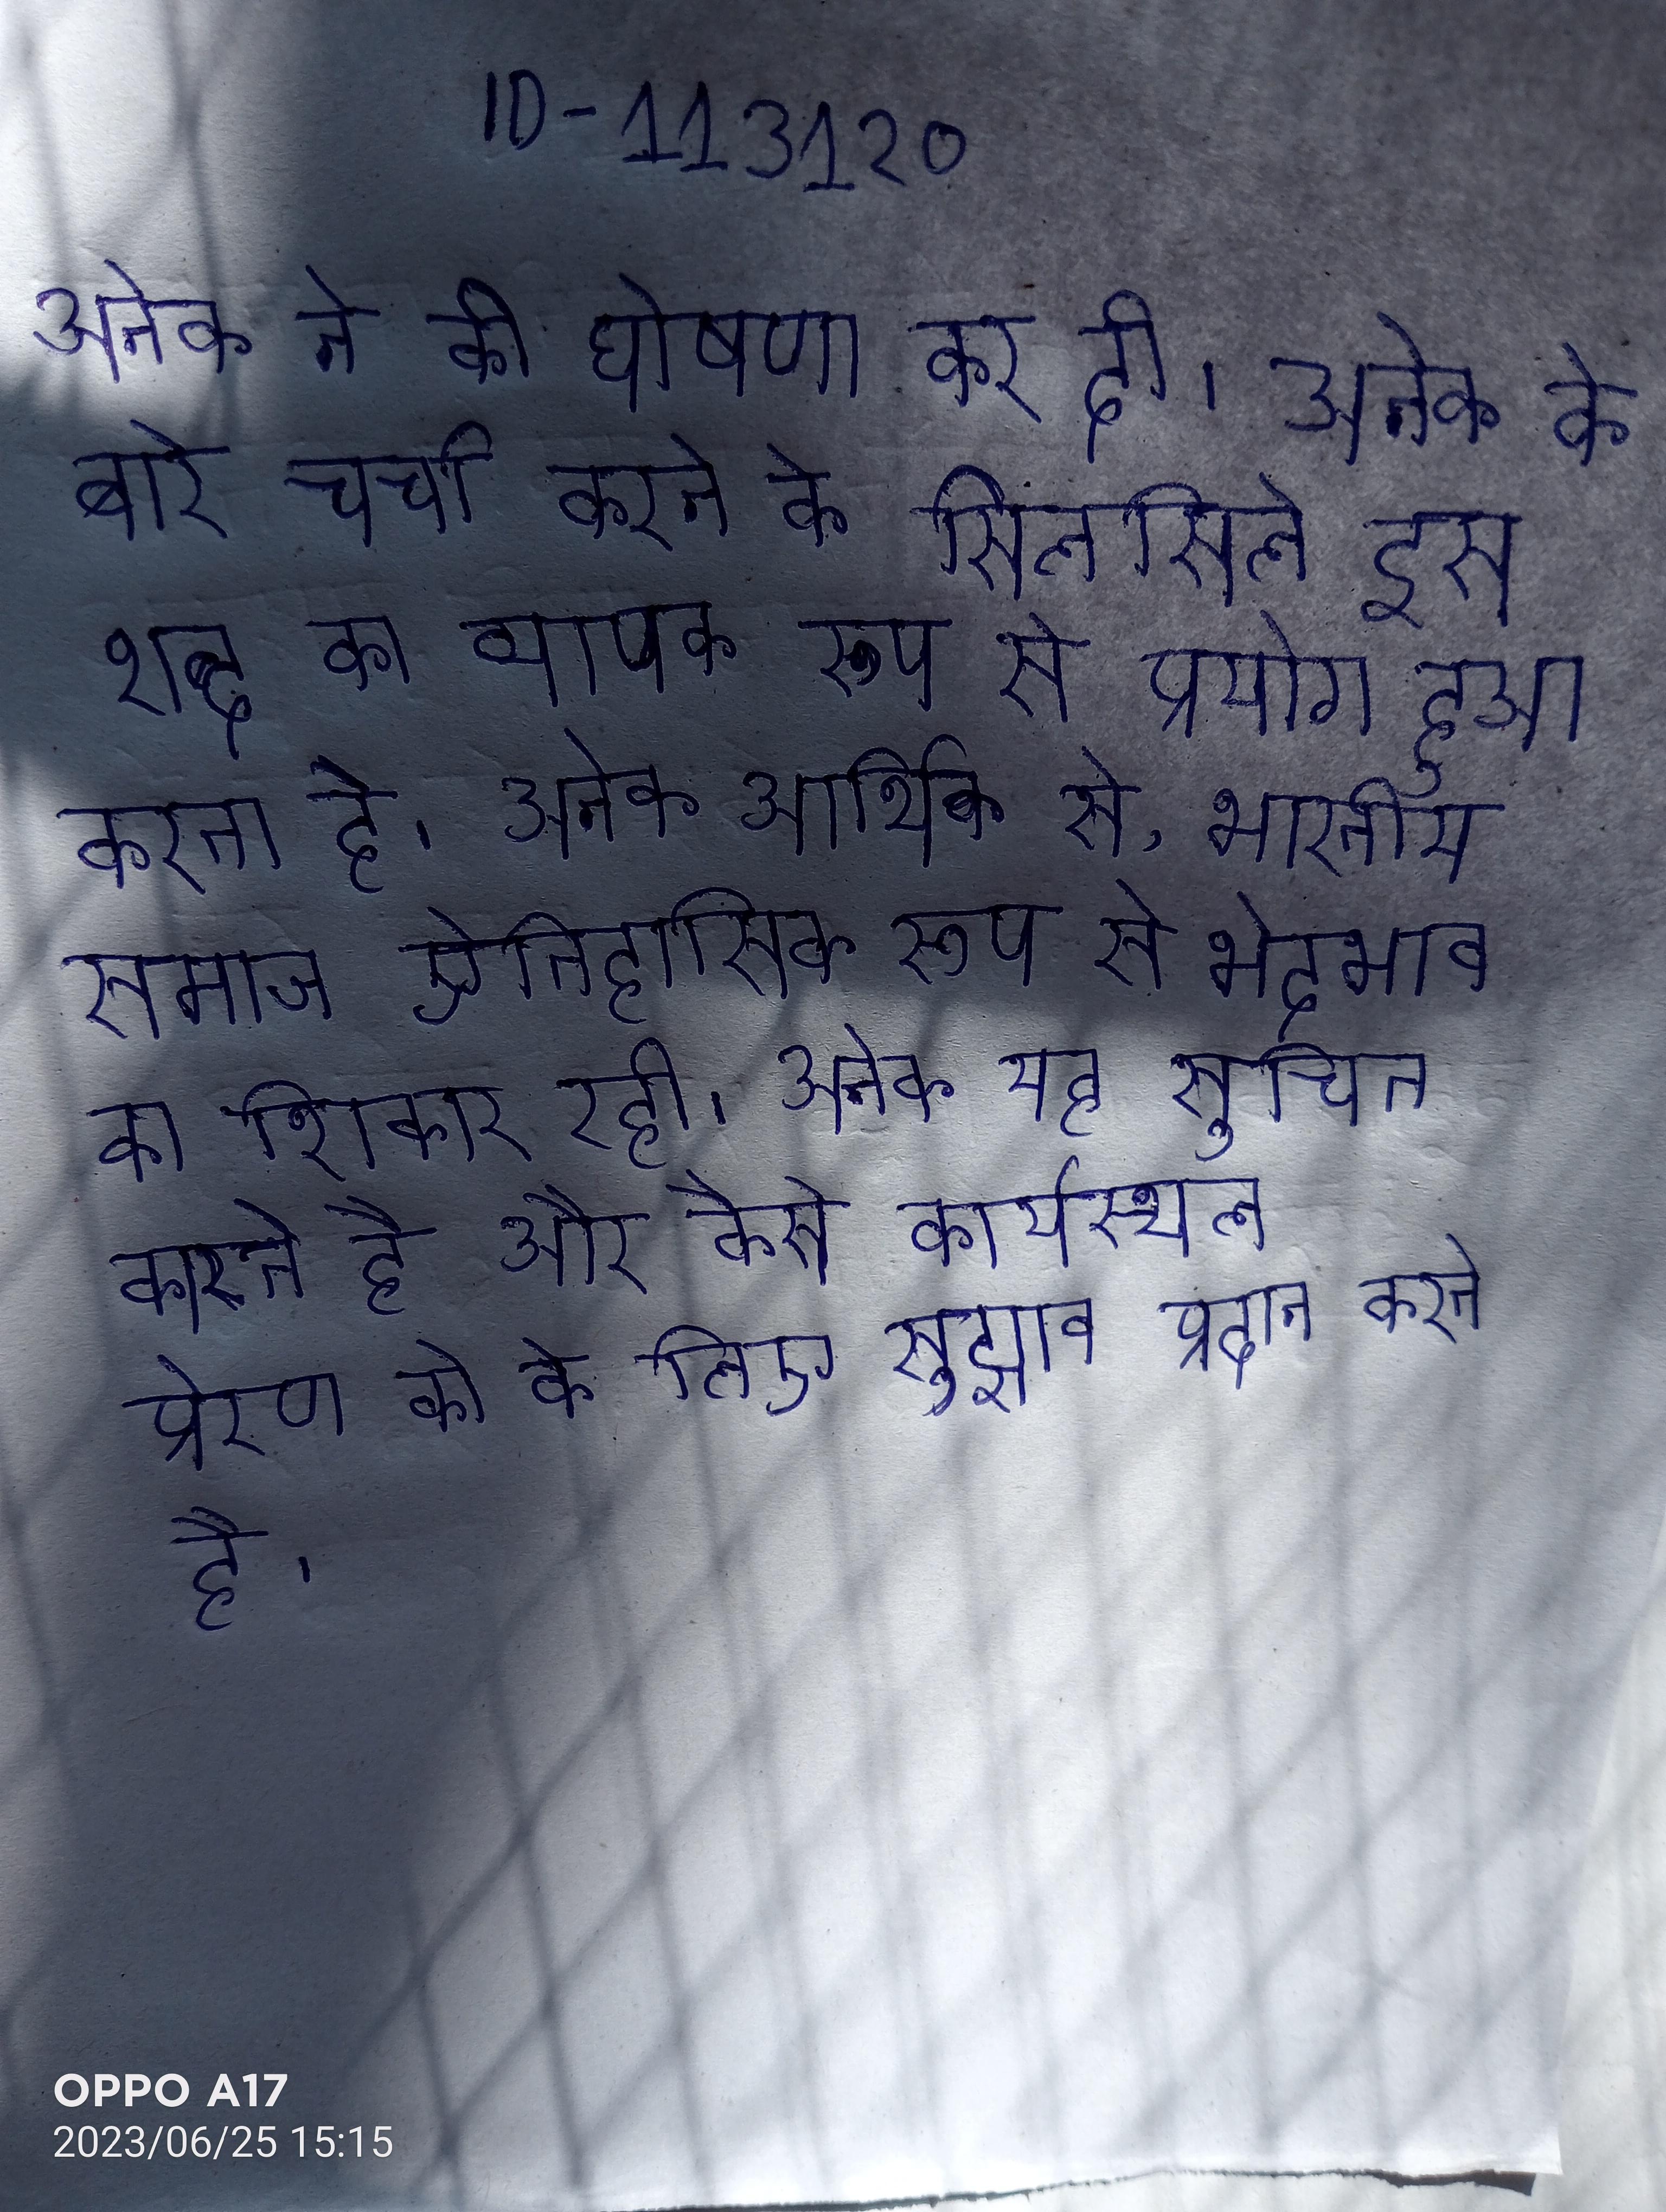
अनेक ने की घोषणा कर दी । अनेक के बारे चर्चा करने के सिलसिले इस शब्द का व्यापक रूप से प्रयोग हुआ करता है । अनेक आर्थिक से, भारतीय समाज ऐतिहासिक रूप से भेदभाव का शिकार रही । अनेक यह सूचित करता है कैसे को प्रेरित कारते है और कैसे कार्यस्थल प्रेरणा को के लिए सुझाव प्रदान करते है ।